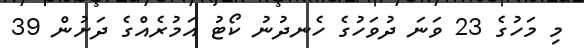
މި މަހުގެ 23 ވަނަ ދުވަހުގެ ހެނދުނު ކޯޓު އަމުރެއްގެ ދަށުން 39